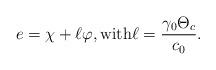
LaTeX: \begin{align*}e = \chi + \ell \varphi, \textrm{with} \ell = \frac{\gamma_0 \Theta_c}{c_0}.\end{align*}